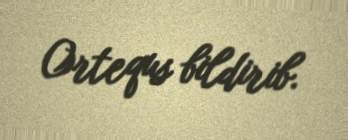
Ortequs bildirib.